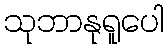
သုဘာနုရူပေါ